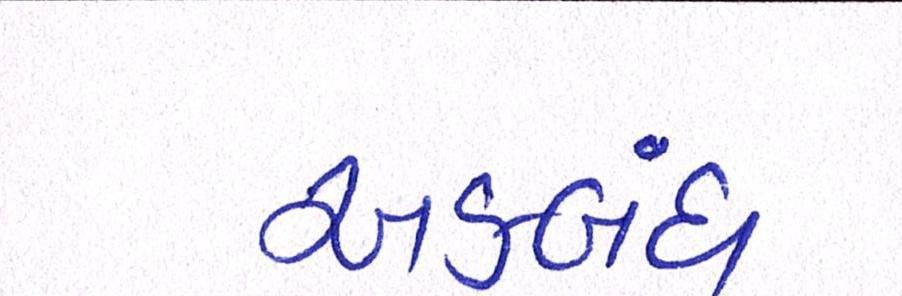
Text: અકબંધ